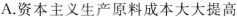
A.资本主义生产原料成本大大提高